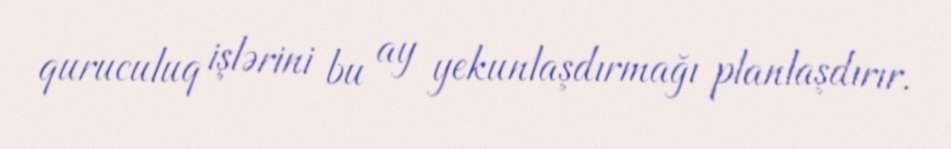
quruculuq işlərini bu ay yekunlaşdırmağı planlaşdırır.